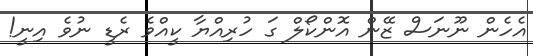
އެހެން ނޫނަސް ޒޭން އޮންކޯލް ގަ ހުރިއްޔާ ކީއްވެ ރެޑީ ނުވެ އިނީ!